Reports on dispensaries and lunatic asylums in the Province of Oudh - 1869-1876
Year: 1869
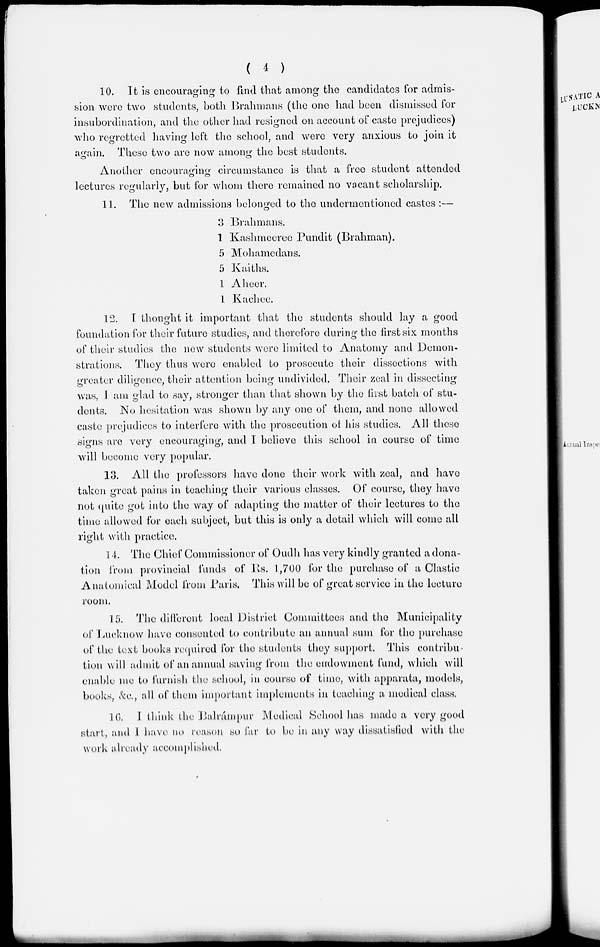
( 4 )
10. It is encouraging to find that among the candidates for admis-
sion were two students, both Brahmans (the one had been dismissed for
insubordination, and the other had resigned on account of caste prejudices)
who regretted having left the school, and were very anxious to join it
again. These two are now among the best students.
Another encouraging circumstance is that a free student attended
lectures regularly, but for whom there remained no vacant scholarship.
11. The new admissions belonged to the undermentioned castes :—
3 Brahmans.
1 Kashmeeree Pundit (Brahman).
5 Mohamedans.
5 Kaiths.
1 Aheer.
1 Kachee.
12. I thought it important that the students should lay a good
foundation for their future studies, and therefore during the first six months
of their studies the now students were limited to Anatomy and Demon-
strations. They thus were enabled to prosecute their dissections with
greater diligence, their attention being undivided. Their zeal in dissecting
was, 1 am glad to say, stronger than that shown by the first batch of stu-
dents. No hesitation was shown by any one of them, and none allowed
caste prejudices to interfere with the prosecution of his studies. All these
signs are very encouraging, and I believe this school in course of time
will become very popular.
13. All the professors have done their work with zeal, and have
taken great pains in teaching their various classes. Of course, they have
not quite got into the way of adapting the matter of their lectures to the
time allowed for each subject, but this is only a detail which will come all
right with practice.
14. The Chief Commissioner of Oudh has very kindly granted a dona-
tion from provincial funds of Its. 1,700 for the purchase of a Clastic
Anatomical Model from Paris. This will be of great service in the lecture
room.
15. The different local District Committees and the Municipality
of Lucknow have consented to contribute an annual sum for the purchase
of the text books required for the students they support. This contribu-
tion will admit of an annual saving from the endowment fund, which will
enable me to furnish the school, in course of time, with apparata, models,
books, &c., all of them important implements in teaching a medical class.
16. I think the Balrámpur Medical School has made a very good
start, and I have no reason so far to be in any way dissatisfied with the
work already accomplished.